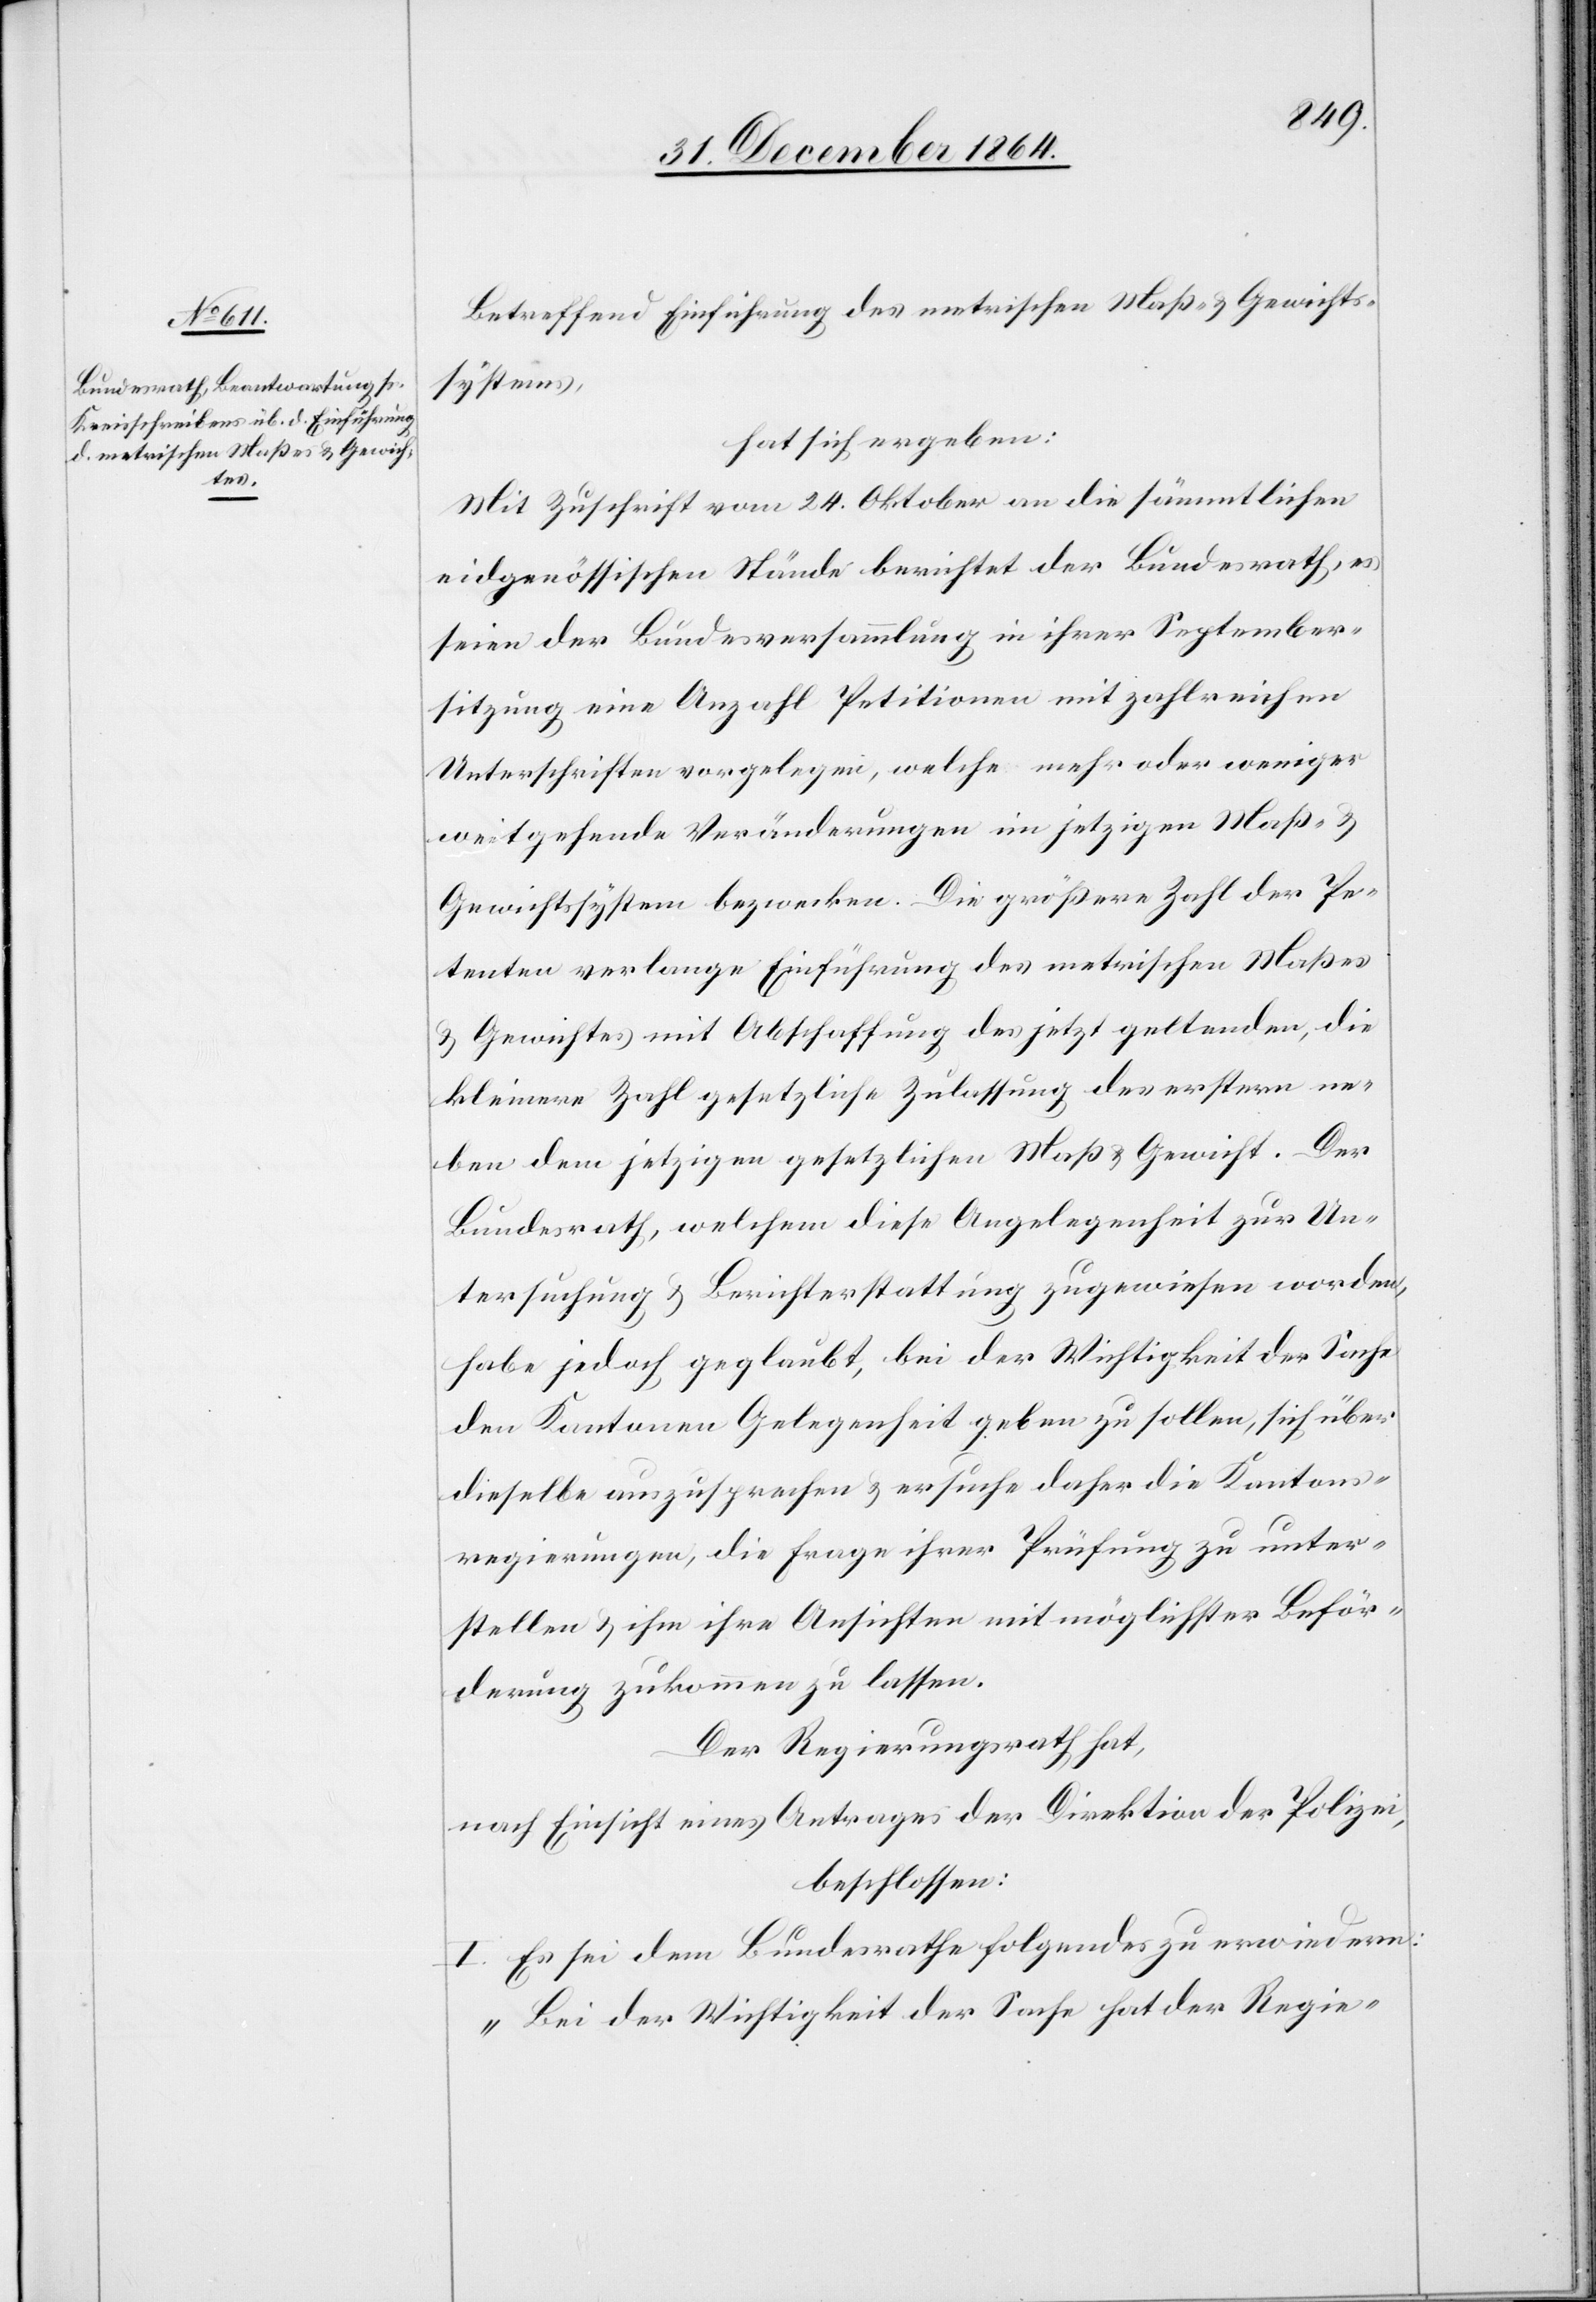
Betreffend Einführung des metrischen Maß- & Gewichts¬
systems,
hat sich ergeben:
Mit Zuschrift vom 24. Oktober an die sämmtlichen
eidgenössischen Stände berichtet der Bundesrath, es
seien der Bundesversammlung in ihrer September¬
sitzung eine Anzahl Petitionen mit zahlreichen
Unterschriften vorgelegen, welche mehr oder weniger
weitgehende Veränderungen im jetzigen Maß- &
Gewichtssystem bezwecken. Die größere Zahl der Pe¬
tenten verlange Einführung des metrischen Maßes
& Gewichtes mit Abschaffung des jetzt geltenden, die
kleinere Zahl gesetzliche Zulassung des erstern ne¬
ben dem jetzigen gesetzlichen Maß & Gewicht. Der
Bundesrath, welchem diese Angelegenheit zur Un¬
tersuchung und Berichterstattung zugewiesen worden,
habe jedoch geglaubt, bei der Wichtigkeit der Sache
den Kantonen Gelegenheit geben zu sollen, sich über
dieselbe auszusprechen & ersuche daher die Kantons¬
regierungen, die Frage ihrer Prüfung zu unter¬
stellen & ihm ihre Ansichten mit möglichster Beför¬
derung zukommen zu lassen.
Der Regierungsrath hat,
nach Einsicht eines Antrages der Direktion der Polizei,
beschlossen:
I. Es sei dem Bundesrathe folgendes zu erwiedern:
„Bei der Wichtigkeit der Sache hat der Regie-